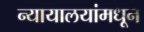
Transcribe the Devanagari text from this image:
न्यायालयांमधून